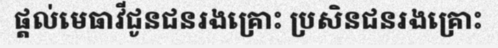
ផ្តល់មេធាវីជូនជនរងគ្រោះ ប្រសិនជនរងគ្រោះ